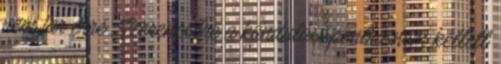
nem jár erre. Szerencsére a kiindulási pontra nem kellett